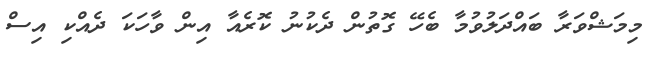
މިމަޝްވަރާ ބައްދަލުވުމާ ބެހޭ ގޮތުން ދެކުނު ކޮރެއާ އިން ވާހަކަ ދެއްކި އިސް